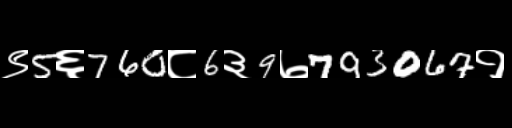
Text: ९5६760८6३9७793067१